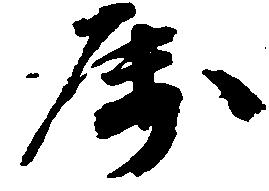
属